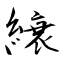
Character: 縗